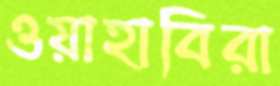
ওয়াহাবিরা